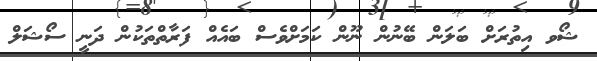
ޝޯވ އިތުރަށް ބަލަން ބޭނުން ނޫން ކަމަށްވެސް ބައެއް ފަރާތްތަކުން ދަނީ ސޯޝަލް